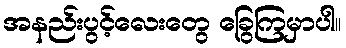
အနည်းပွင့်လေးတွေ ခြွေကြမှာပါ။